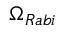
\Omega _ { R a b i }